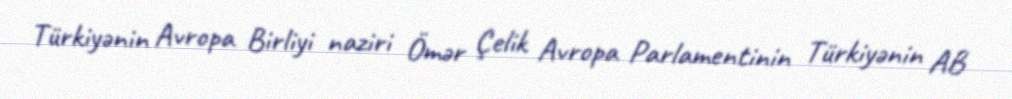
Türkiyənin Avropa Birliyi naziri Ömər Çelik Avropa Parlamentinin Türkiyənin AB